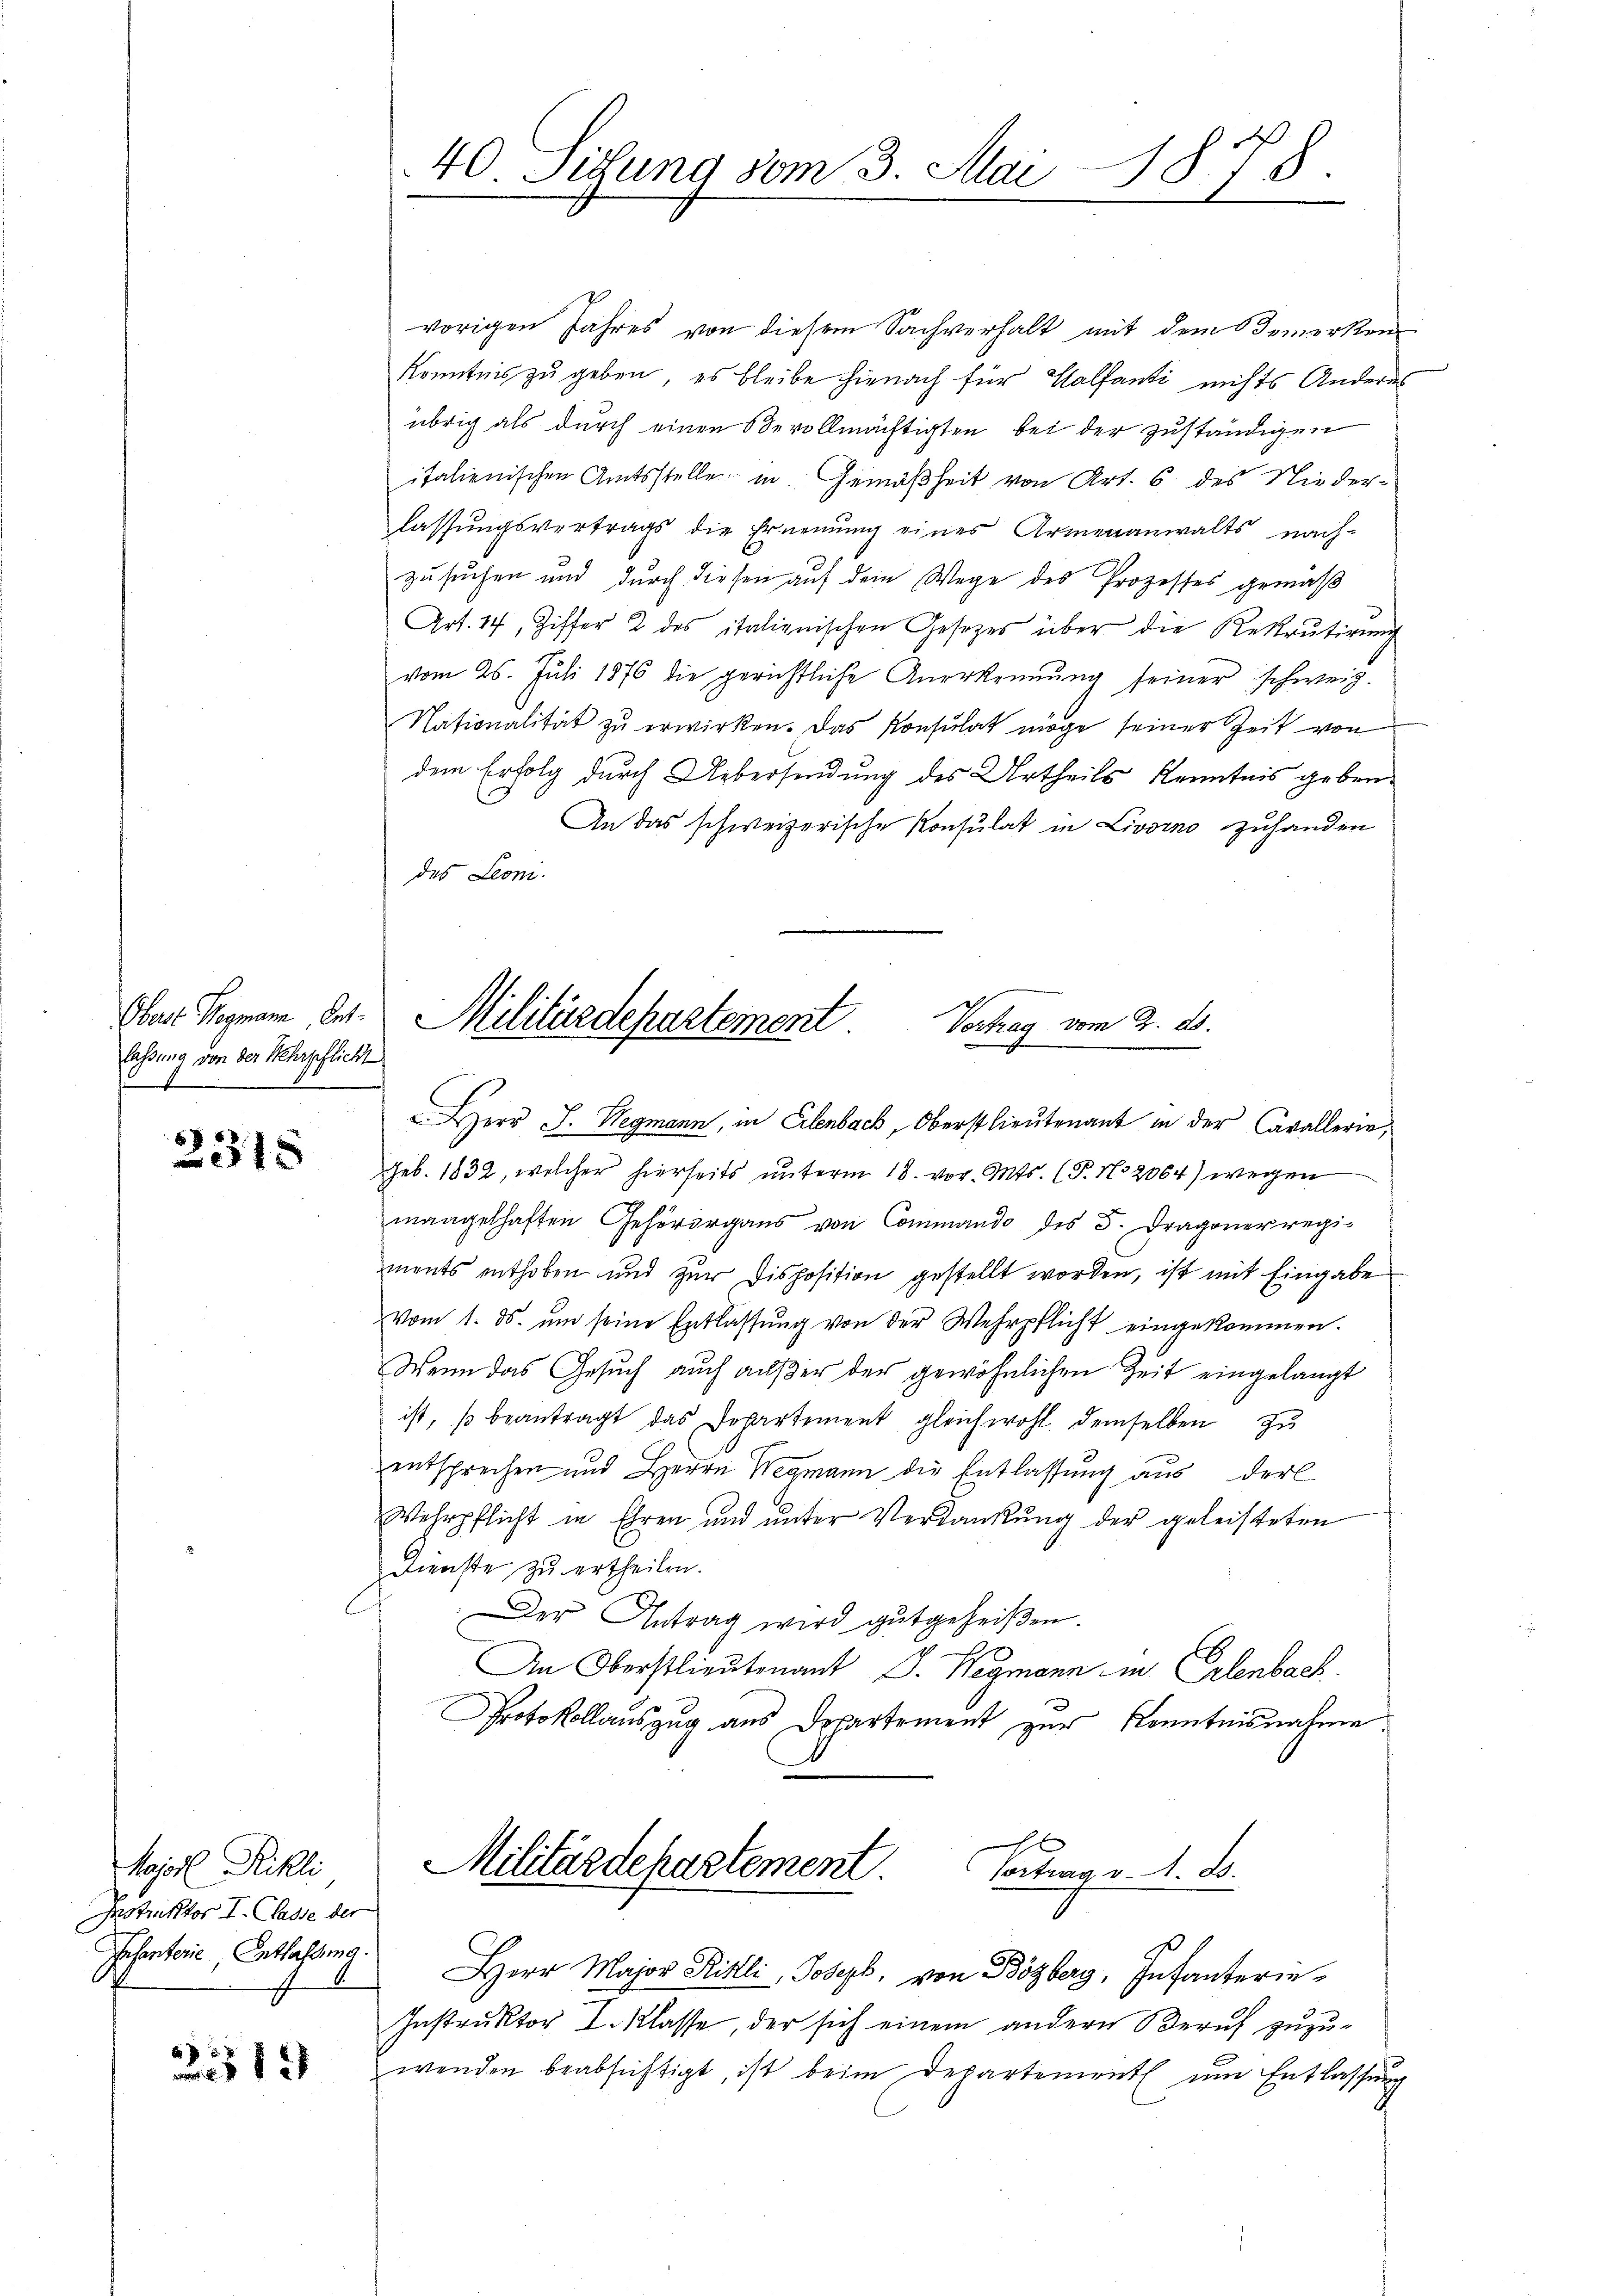
lassung von der Kehrpflicht
E

6x
1x

Majorl Rikli
Instruktor I. Classe der

2514

40 Situng vom 3. Mai
1878.

vorigen Jahres von diesem Sachverhalt mit dem Bemerken
Kenntnis zu geben, es bleibe hienach für Walfanti nichts Anderes
übrig als durch einen Bevollmächtigten bei der zuständigen
italienischen Amtsstelle in Gemäßheit von Art. 6 des Niederlassŭngsvertrags die Ernennung eines Armenanwalts nach-
zusuchen und durch diesen auf dem Wege des Prozesses gemäß
Art. 17, Ziffer 2 des italienischen Gesetzes über die Rekrutirung
vom 25. Juli 1876 die gerichtliche Anerkennung seiner schweiz.
Nationalität zŭ erwirken. Das Konsulat möge seiner Zeit von
dem Erfolg durch Uebersendung des Urtheils Kenntnis geben.
An das schweizerische Konsulat in Livorno zuhanden
des Leoni.
Herr J. Wegmann, in Erlenbach, Oberstlieutenant in der Cavallerie,
Geb. 1832, welcher hierseits ŭnterm 18. vor. Mts. (T. No 2064) wegen
mangelhaften Gehörergans von Commando des 5. Dragoner regi-
ments enthoben und zur Disposition gestellt worden, ist mit Eingabe
vom 1. ds. ŭm seine Entlassŭng von der Wehrpflicht eingekommen.
Wenn das Gesuch auch außer der gewöhnlichen Zeit eingelangt
ist, so beantragt das Departement gleichwohl demselben zu
entsprechen und Herrn Wegmann die Entlassung aus der
Wehrpflicht in Ehren und unter Verdankung der geleisteten
Dienste zu ertheilen.
Der Antrag wird gutgeheißen.
An Oberstlieutenant J. Wegmann in Erlenbach.
Protokollauszug aus Departement zur Kenntnisnahme
Militärdepartement.
Vortrag v. M. D.
Jahentie, Entlassung. Herr Major Kittli, Joseph, von Bözberg, Infanterin¬
Instruktor I. Klasse, der sich einem andern Beruf zuzuwenden beabsichtigt, ist beim Departement um Entlassung
.

Ober Wegmann, ent. Militärdepartement
Vortrag vom 2. ds.